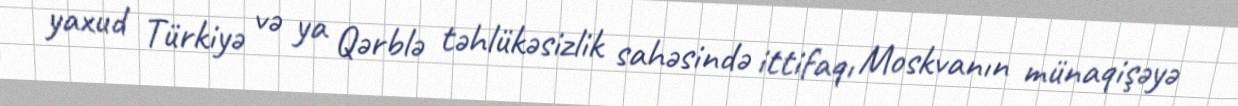
yaxud Türkiyə və ya Qərblə təhlükəsizlik sahəsində ittifaqı Moskvanın münaqişəyə